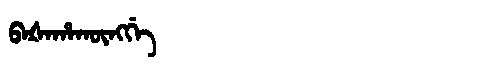
Manchu: ᠪᠠᡧᠠᡥᠠᡴᡡᠩᡤᡝ
Romanization: BAŠAHAKŪNGGE